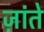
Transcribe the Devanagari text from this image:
ज़ांते